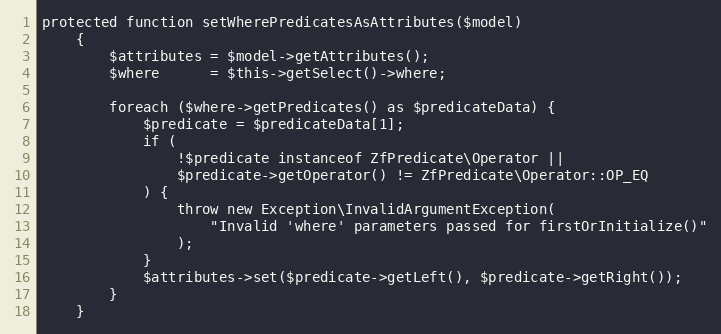
Language: PHP
protected function setWherePredicatesAsAttributes($model)
    {
        $attributes = $model->getAttributes();
        $where      = $this->getSelect()->where;

        foreach ($where->getPredicates() as $predicateData) {
            $predicate = $predicateData[1];
            if (
                !$predicate instanceof ZfPredicate\Operator ||
                $predicate->getOperator() != ZfPredicate\Operator::OP_EQ
            ) {
                throw new Exception\InvalidArgumentException(
                    "Invalid 'where' parameters passed for firstOrInitialize()"
                );
            }
            $attributes->set($predicate->getLeft(), $predicate->getRight());
        }
    }